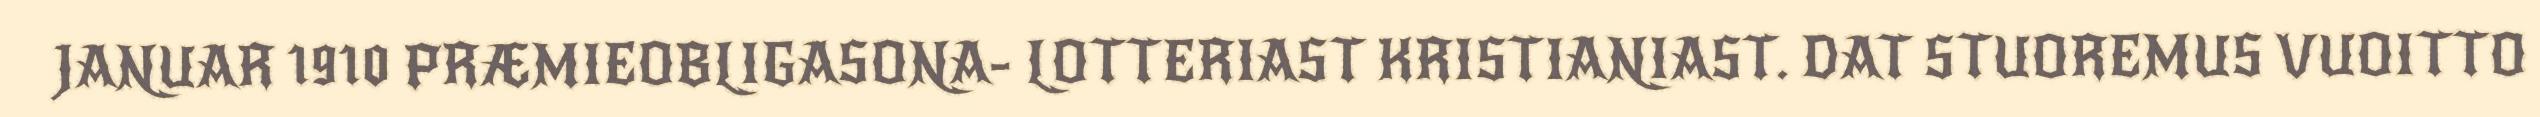
JANUAR 1910 PRÆMIEOBLIGASONA- LOTTERIAST KRISTIANIAST. DAT STUOREMUS VUOITTO